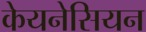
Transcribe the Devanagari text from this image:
केयनेसियन